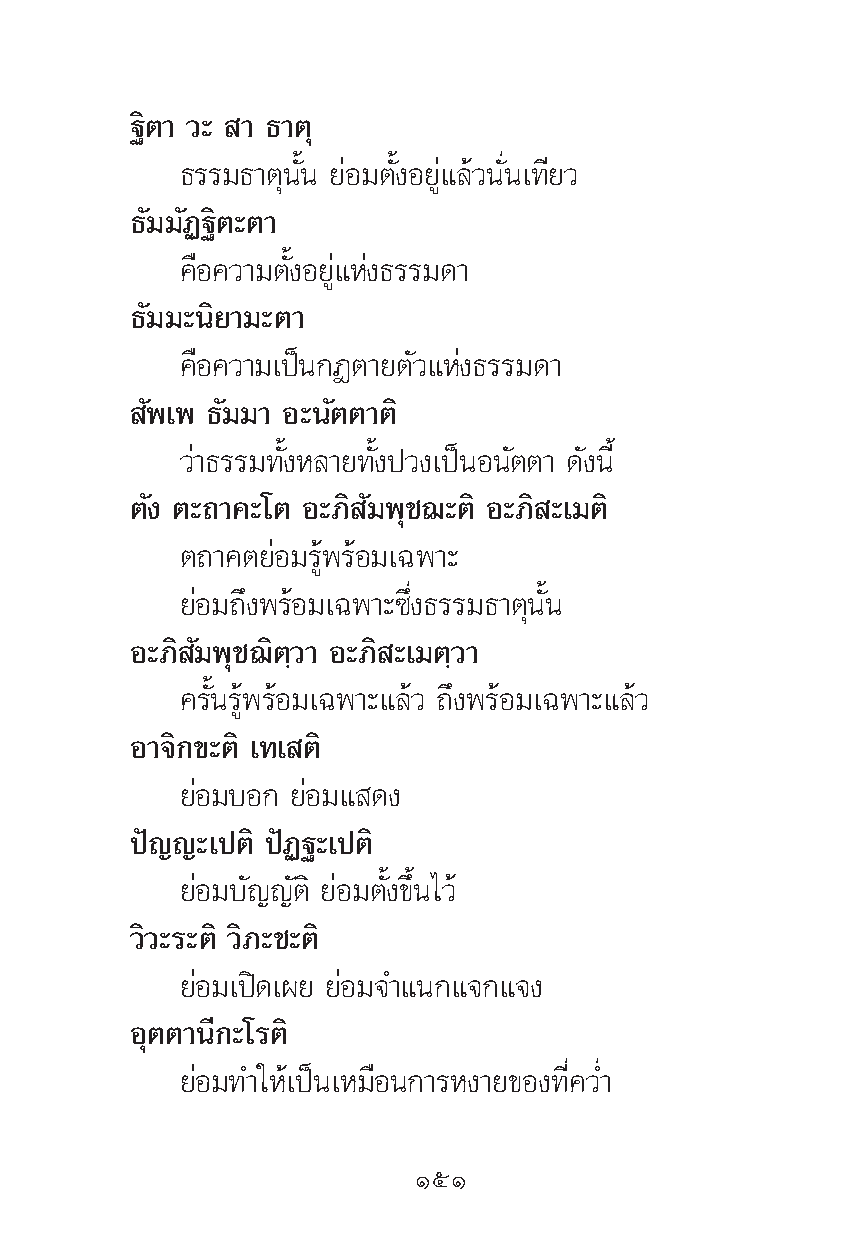
∞‘μ“ «– “ ∏“μÿ
 ∏√√¡∏“μÿπ—Èπ ¬àÕ¡μ—ÈßÕ¬Ÿà·≈â«π—Ëπ‡∑’¬«
 ∏—¡¡—Ø∞‘μ–μ“
 §◊Õ§«“¡μ—ÈßÕ¬Ÿà·Ààß∏√√¡¥“
 ∏—¡¡–π‘¬“¡–μ“
 §◊Õ§«“¡‡ªìπ°Æμ“¬μ—«·Ààß∏√√¡¥“
 —æ‡æ ∏—¡¡“ Õ–π—μμ“μ‘
 «à“∏√√¡∑—ÈßÀ≈“¬∑—Èßª«ß‡ªìπÕπ—μμ“ ¥—ßπ’È
 μ—ß μ–∂“§–‚μ Õ–¿‘ —¡æÿ™¨–μ‘ Õ–¿‘ –‡¡μ‘
 μ∂“§μ¬àÕ¡√Ÿâæ√âÕ¡‡©æ“–
 ¬àÕ¡∂÷ßæ√âÕ¡‡©æ“–´÷Ëß∏√√¡∏“μÿπ—Èπ
 Õ–¿‘ —¡æÿ™¨‘μ⁄«“ Õ–¿‘ –‡¡μ⁄«“
 §√—Èπ√Ÿâæ√âÕ¡‡©æ“–·≈â« ∂÷ßæ√âÕ¡‡©æ“–·≈â«
 Õ“®‘°¢–μ‘ ‡∑‡ μ‘
 ¬àÕ¡∫Õ° ¬àÕ¡· ¥ß
 ªí≠≠–‡ªμ‘ ªíØ∞–‡ªμ‘
 ¬àÕ¡∫—≠≠—μ‘ ¬àÕ¡μ—Èß¢÷Èπ‰«â
 «‘«–√–μ‘ «‘¿–™–μ‘
 ¬àÕ¡‡ªî¥‡º¬ ¬àÕ¡®”·π°·®°·®ß
 Õÿμμ“π’°–‚√μ‘
 ¬àÕ¡∑”„Àâ‡ªìπ‡À¡◊Õπ°“√Àß“¬¢Õß∑’Ë§«Ë”
 ÒıÒ